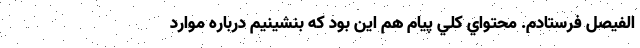
الفيصل فرستادم. محتواي كلي پيام هم اين بود كه بنشينيم درباره موارد